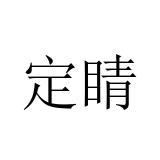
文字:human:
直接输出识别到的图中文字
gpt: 定睛